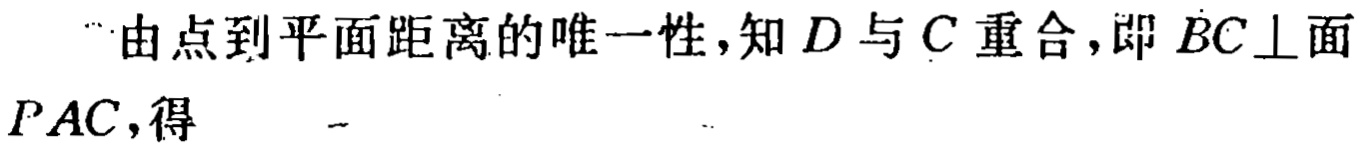
“由点到平面距离的唯一性，知\(D\)与\(C\)重合，即\(BC\perp\)面\(PAC\)，得  。”